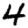
Digit: 4